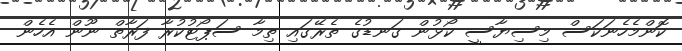
ކޮންމެހެނަކަސް މިސިޔާސީ ކޯޅުން ގަނޑުގެ ތެރޭގައި ތިމާ ސަޕޯޓުކުރާ ފަރާތް ނޫން އެހެން